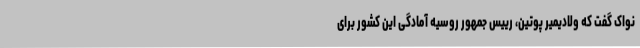
نواک گفت که ولادیمیر پوتین، رییس جمهور روسیه آمادگی این کشور برای